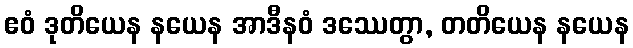
ဧဝံ ဒုတိယေန နယေန အာဒီနဝံ ဒဿေတွာ, တတိယေန နယေန